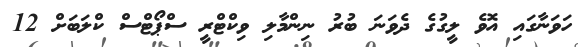
ހަވަނާގައި އޮވެ ލީގުގެ ދެވަނަ ބުރު ނިންމާލި ވިކްޓްރީ ސްޕޯޓްސް ކްލަބަށް 12